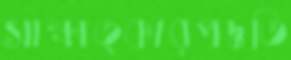
সাক্ষাত্কারপদ্ধতি